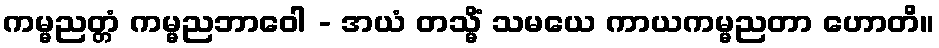
ကမ္မညတ္တံ ကမ္မညဘာဝေါ - အယံ တသ္မိံ သမယေ ကာယကမ္မညတာ ဟောတိ။